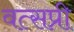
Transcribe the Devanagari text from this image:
वत्सप्री